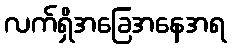
လက်ရှိအခြေအနေအရ